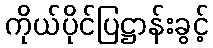
ကိုယ်ပိုင်ပြဋ္ဌာန်းခွင့်